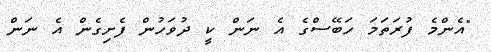
"އެންމެ ފުރަތަމަ ހަބޭސްގެ އެ ނަން ކީ ދުވަހުން ފެށިގެން އެ ނަން